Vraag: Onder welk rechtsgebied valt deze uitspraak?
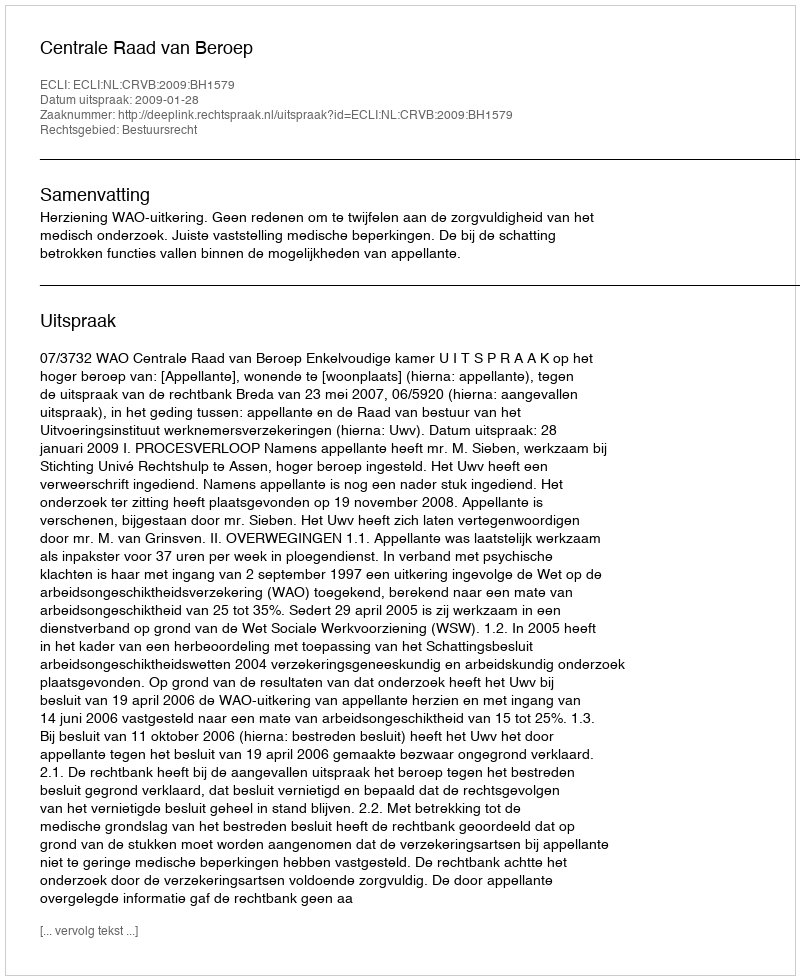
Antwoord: Bestuursrecht